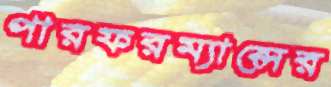
পারফরম্যান্সের